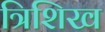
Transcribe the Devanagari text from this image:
त्रिशिख